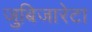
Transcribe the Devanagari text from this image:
जुबिजारेटा